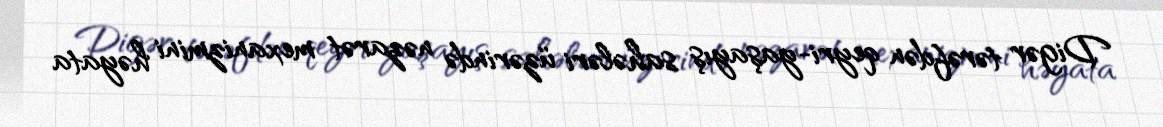
Digər tərəfdən qeyri-yaşayış sahələri üzərində nəzarət mexanizmini həyata